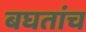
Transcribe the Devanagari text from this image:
बघतांच